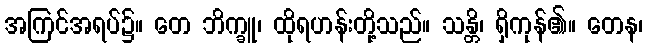
အကြင်အရပ်၌။ တေ ဘိက္ခူ၊ ထိုရဟန်းတို့သည်။ သန္တိ၊ ရှိကုန်၏။ တေန၊